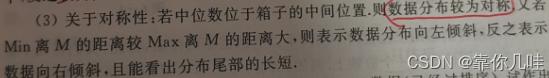
(3) 关于对称性.若中位数位于箱子的中间位置,则数据分布较为对称;又若$\text{Min}$离$M$的距离较$\text{Max}$离$M$的距离大,则表示数据分布向左倾斜,反之表示数据向右倾斜,且能看出分布尾部的长短.